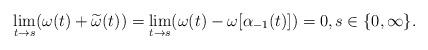
LaTeX: \begin{align*}\lim_{t\to s}(\omega(t)+\widetilde{\omega}(t))=\lim_{t\to s}(\omega(t)-\omega[\alpha_{-1}(t)])=0,s\in\{0,\infty\}.\end{align*}